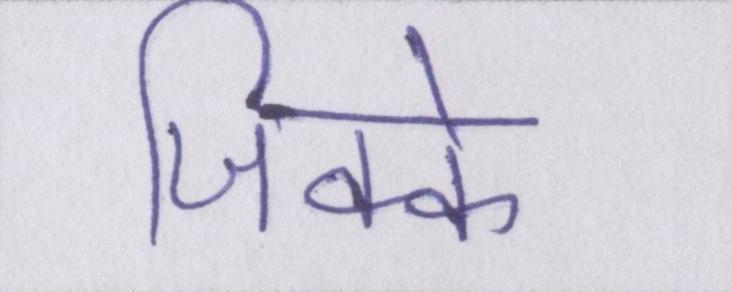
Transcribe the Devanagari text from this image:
जिक्के